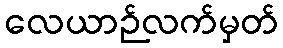
လေယာဉ်လက်မှတ်